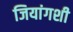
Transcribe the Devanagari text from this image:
जियांगशी